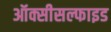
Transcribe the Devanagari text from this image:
ऑक्सीसल्फाइड